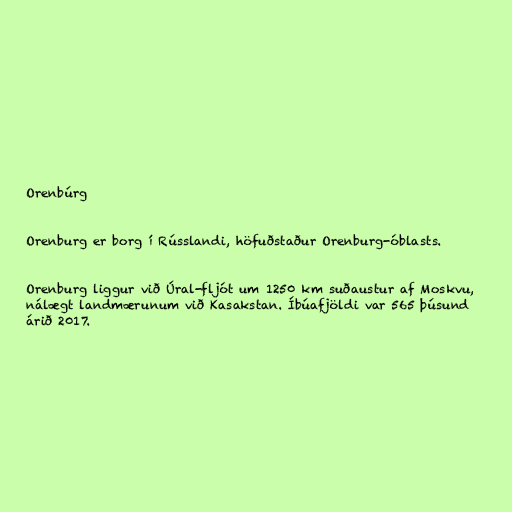
Orenbúrg

Orenburg er borg í Rússlandi, höfuðstaður Orenburg-óblasts.

Orenburg liggur við Úral-fljót um 1250 km suðaustur af Moskvu,
nálægt landmærunum við Kasakstan. Íbúafjöldi var 565 þúsund
árið 2017.